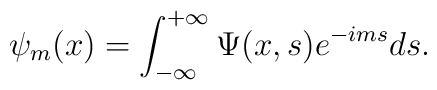
\psi _m(x)=\int_{-\infty }^{+\infty }\Psi (x,s)e^{-ims}ds.